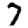
Digit: 7